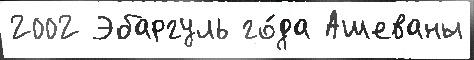
2002 Эбаргуль го́да Ашеваны